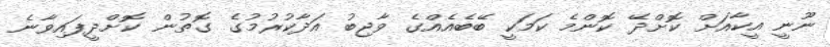
ނޫނީ އީކާއަށް ކޮށްދޭ ކޮންމެ ކަމަކީ ބޭބެއެއްގެ ވާޖިބު އަދާކުރުމުގެ ގޮތުން ކޮށްދީފައިވާނެ